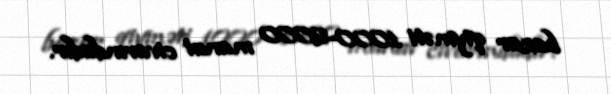
bazar qiyməti 1000-2000 manat civarındadır.